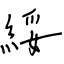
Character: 綏